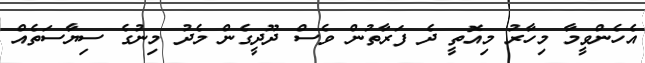
އެހެންވީމާ މިހާރު މިއޮތީ ދެ ފަރާތުން ވެސް ދޫދީގެން މެދު މިނުގެ ސިޔާސަތެއް